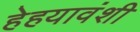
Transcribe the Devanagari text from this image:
हेहयावंशी